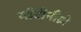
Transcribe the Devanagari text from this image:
मॉटीनीग्रो